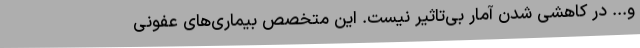
و... در کاهشی شدن آمار بی‌تاثیر نیست. این متخصص بیماری‌های عفونی